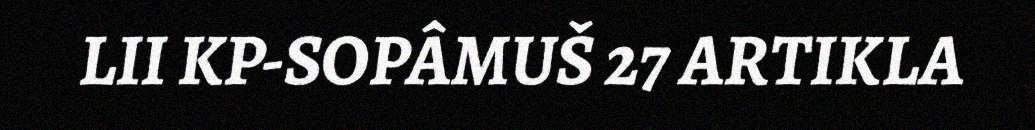
LII KP-SOPÂMUŠ 27 ARTIKLA